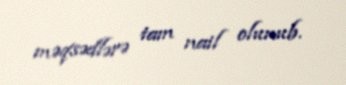
məqsədlərə tam nail olunub.